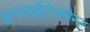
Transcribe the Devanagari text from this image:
इन्लाईटेनमेन्ट